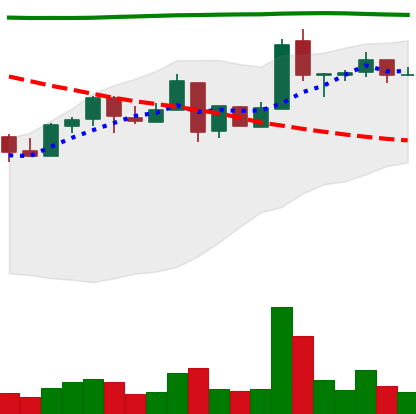
Ticker: NEO-USD
Chart end date: 2018-05-05
Forward return: -16.815%
Label: down_7plus